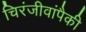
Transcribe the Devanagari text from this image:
चिरंजीवांपैकी